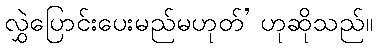
လွှဲပြောင်းပေးမည်မဟုတ်’ ဟုဆိုသည်။